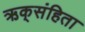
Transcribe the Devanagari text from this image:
ऋक्‌संहिता